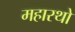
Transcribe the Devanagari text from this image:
महारथो